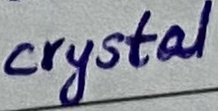
Text: crystal